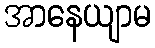
အာနေယျာမ